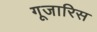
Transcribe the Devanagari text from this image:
गूजारिस